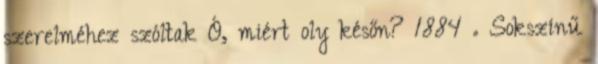
szerelméhez szóltak Ó, miért oly későn? 1884 . Sokszínű